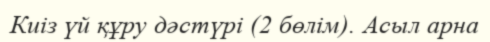
Киіз үй құру дәстүрі (2 бөлім). Асыл арна